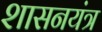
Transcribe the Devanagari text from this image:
शासनयंत्र